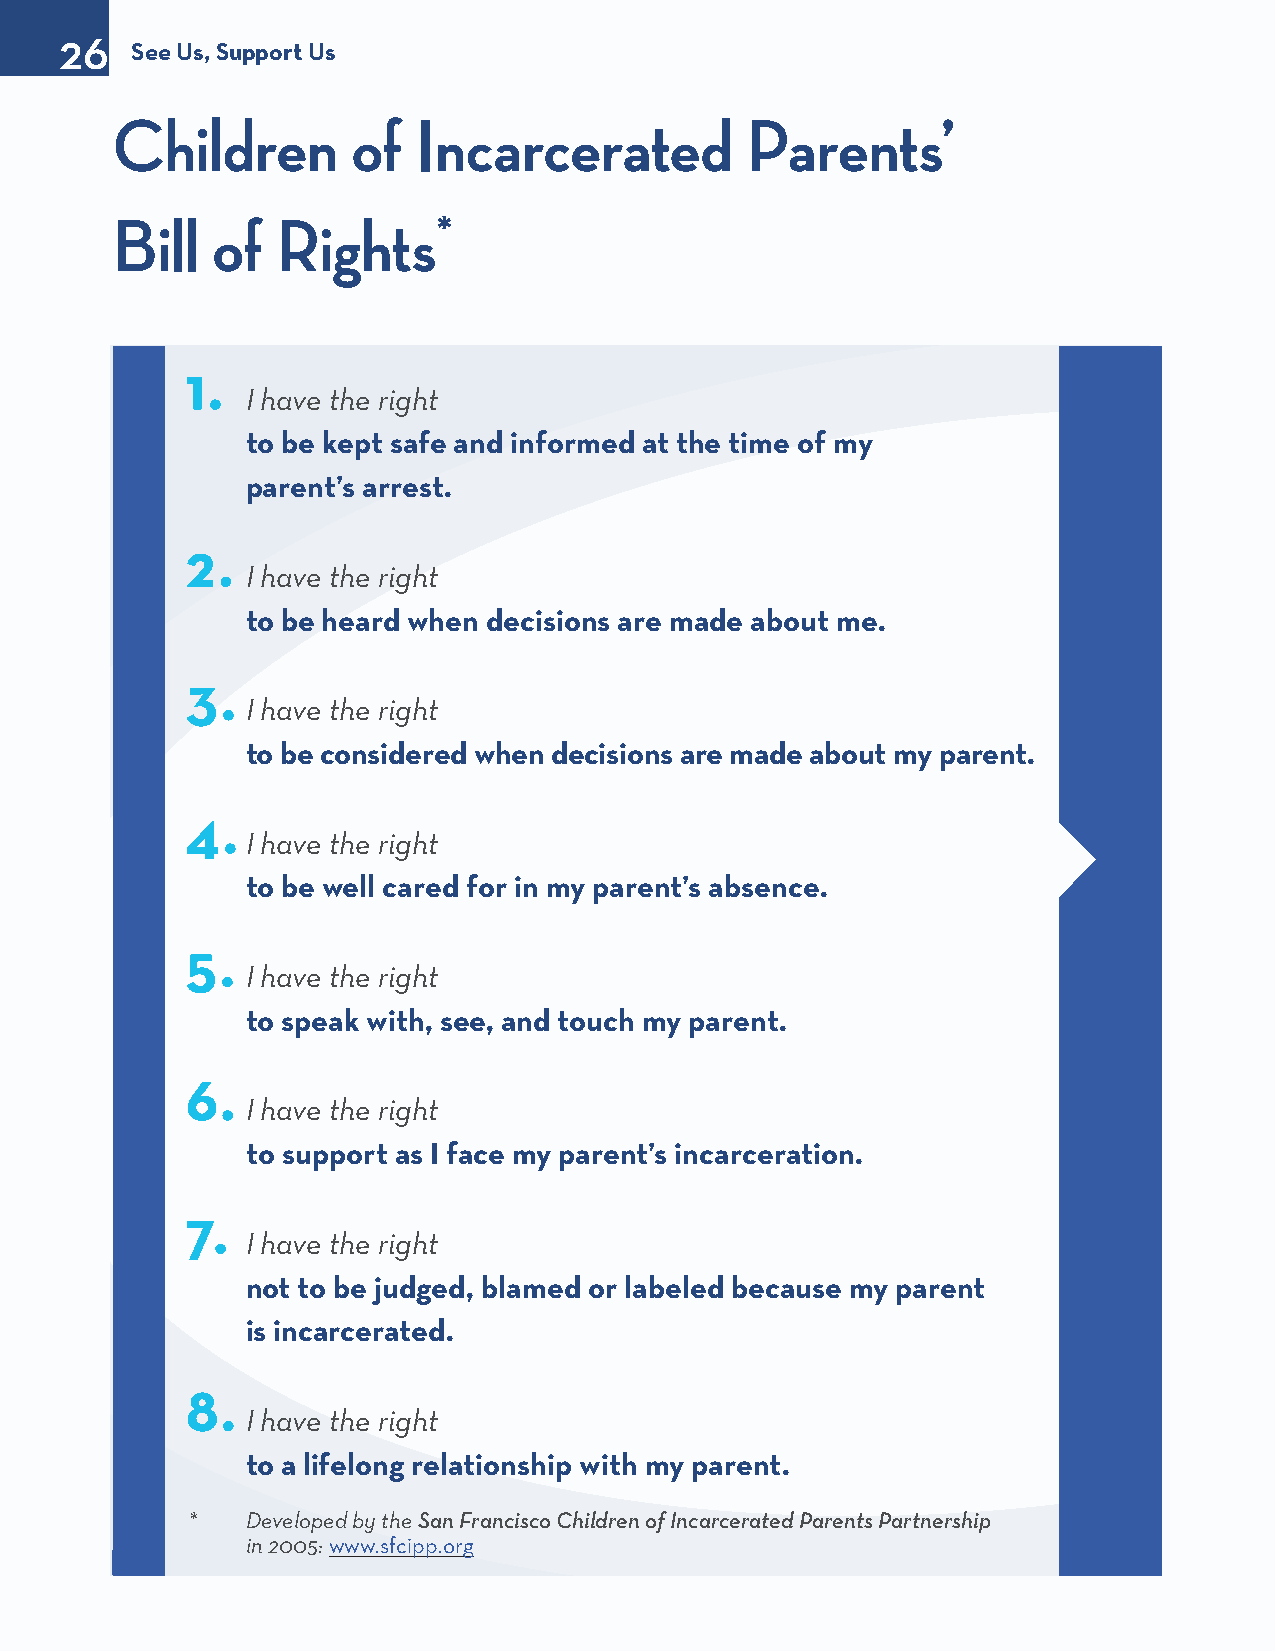
26
 See Us, Support Us
 Children        of   Incarcerated         Parents’
 Bill   of  Rights*
 1.
 I have the right
 to be kept safe and informed at the time of my
 parent’s arrest.
 2.
 I have the right
 to be heard when decisions are made about me.
 3.
 I have the right
 to be considered when decisions are made about my parent.
 4.
 I have the right
 to be well cared for in my parent’s absence.
 5.
 I have the right
 to speak with, see, and touch my parent.
 6.
 I have the right
 to support as I face my parent’s incarceration.
 7.
 I have the right
 not to be judged, blamed or labeled because my parent
 is incarcerated.
 8.
 I have the right
 to a lifelong relationship with my parent.
 *   Developed by the San Francisco Children of Incarcerated Parents Partnership
 in 2005: www.sfcipp.org